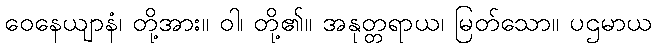
ဝေနေယျာနံ၊ တို့အား။ ဝါ၊ တို့၏။ အနုတ္တရာယ၊ မြတ်သော။ ပဌမာယ